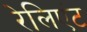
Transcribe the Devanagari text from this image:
रेलिएंट